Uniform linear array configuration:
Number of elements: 8
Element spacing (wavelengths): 0.25
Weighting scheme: blackman
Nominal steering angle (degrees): -15
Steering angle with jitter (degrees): -14.422
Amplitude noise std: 0.05
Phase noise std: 0.05

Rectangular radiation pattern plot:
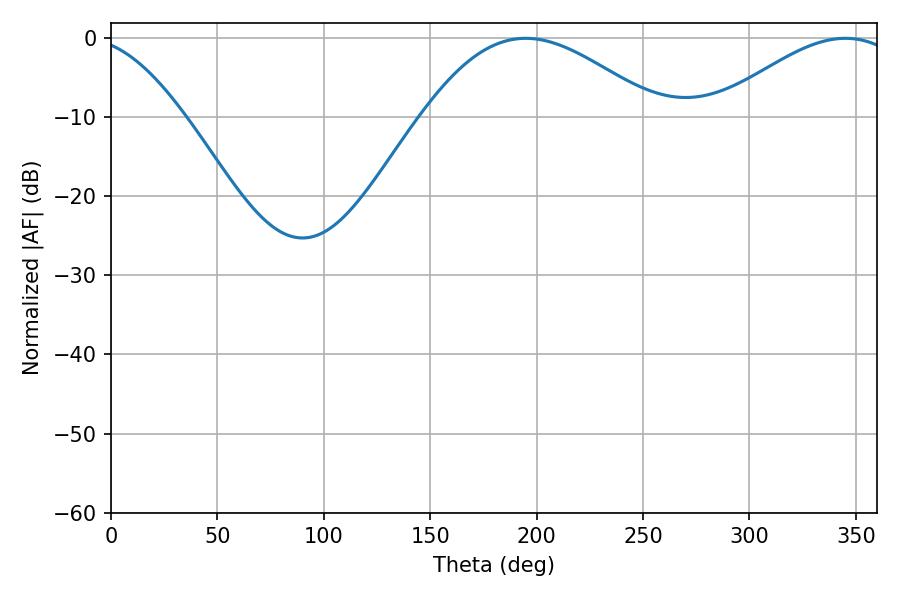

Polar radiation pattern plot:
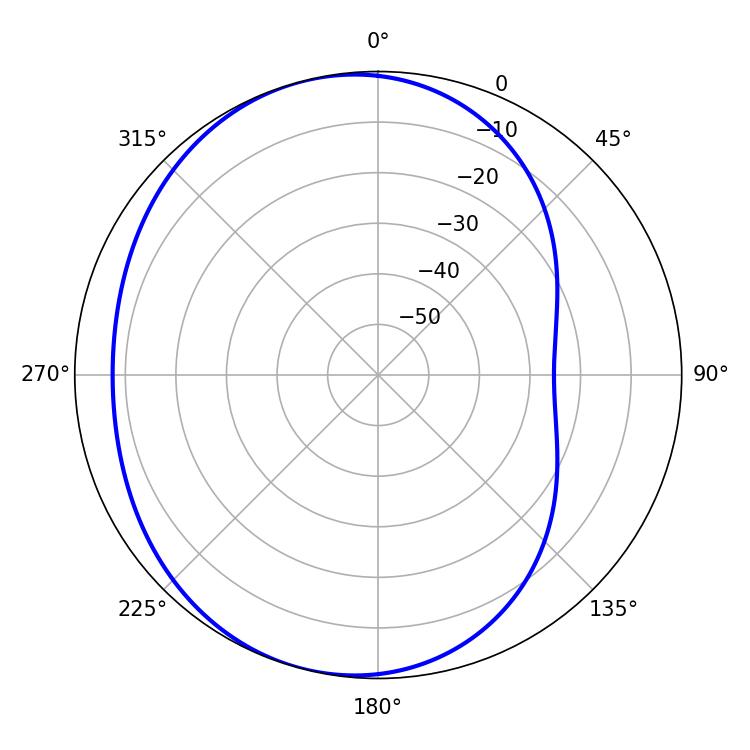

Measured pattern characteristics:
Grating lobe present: FALSE
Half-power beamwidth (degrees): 59.58
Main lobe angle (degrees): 194.94